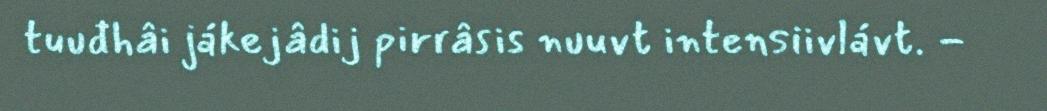
tuuđhâi jákejâdij pirrâsis nuuvt intensiivlávt. -